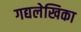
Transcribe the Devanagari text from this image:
गद्यलेखिका